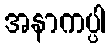
အနာကပ္ပါ